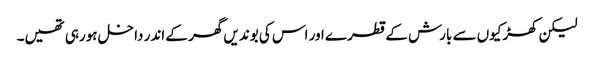
لیکن کھڑکیوں سے بارش کے قطرے اور اس کی بوندیں گھر کے اندر داخل ہورہی تھیں۔